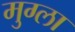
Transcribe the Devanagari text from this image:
मुग्ला